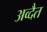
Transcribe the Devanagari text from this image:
अव्दैत